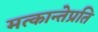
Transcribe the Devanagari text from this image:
मत्कान्तेप्रति